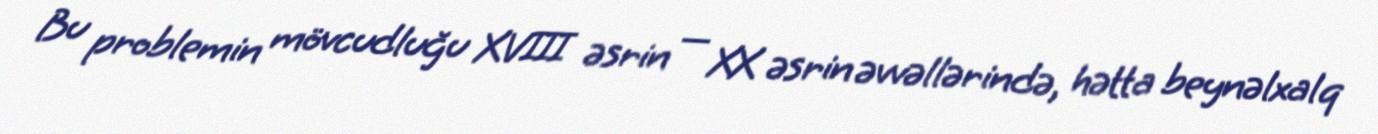
Bu problemin mövcudluğu XVIII əsrin — XX əsrin əvvəllərində, hətta beynəlxalq